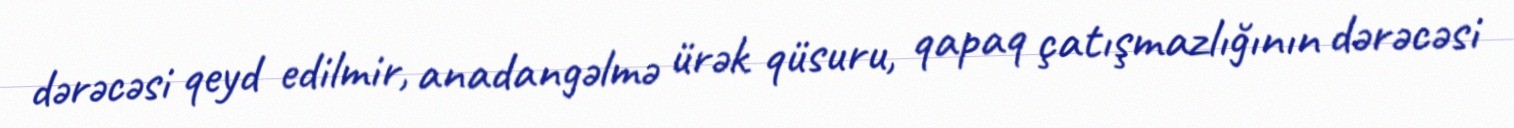
dərəcəsi qeyd edilmir, anadangəlmə ürək qüsuru, qapaq çatışmazlığının dərəcəsi